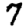
Digit: 7